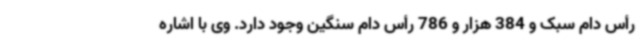
رأس دام سبک و 384 هزار و 786 رأس دام سنگین وجود دارد. وی با اشاره